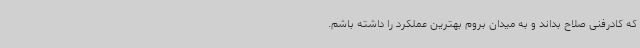
که کادرفنی صلاح بداند و به میدان بروم بهترین عملکرد را داشته باشم.